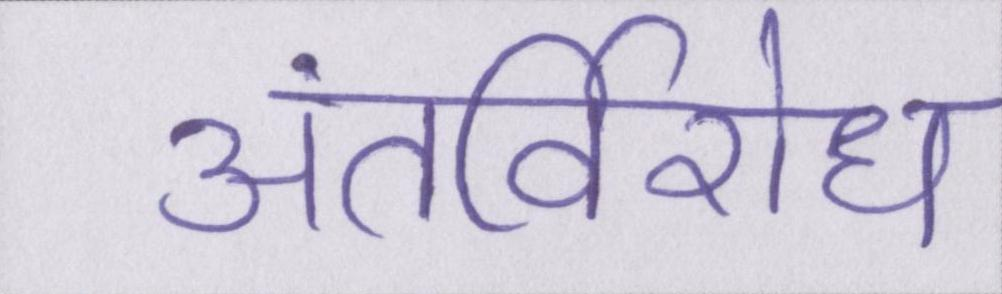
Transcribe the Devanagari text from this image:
अंतर्विरोध